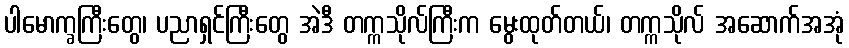
ပါမောက္ခကြီးတွေ၊ ပညာရှင်ကြီးတွေ အဲဒီ တက္ကသိုလ်ကြီးက မွေးထုတ်တယ်၊ တက္ကသိုလ် အဆောက်အအုံ